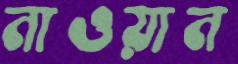
নাওয়ান